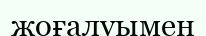
жоғалуымен